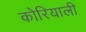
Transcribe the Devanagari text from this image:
कोरियाली